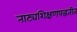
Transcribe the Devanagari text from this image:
नाट्यशिक्षणपद्धतीत